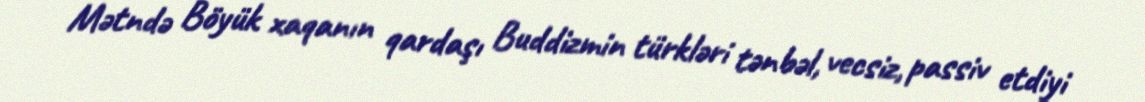
Mətndə Böyük xaqanın qardaşı Buddizmin türkləri tənbəl, vecsiz, passiv etdiyi